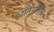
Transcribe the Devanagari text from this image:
अतिरक्तिमा